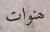
ھنوات